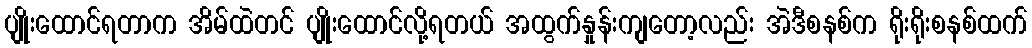
ပျိုးထောင်ရတာက အိမ်ထဲတင် ပျိုးထောင်လို့ရတယ် အထွက်နှုန်းကျတော့လည်း အဲဒီစနစ်က ရိုးရိုးစနစ်ထက်